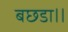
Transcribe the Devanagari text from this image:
बछडा।।